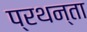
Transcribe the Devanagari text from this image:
प्रथन्ता